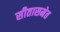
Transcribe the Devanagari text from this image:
सीतासमेत